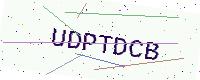
Text: UDPTDCB